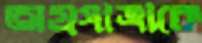
অগ্রযাত্রাকে